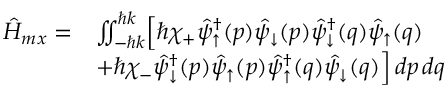
\begin{array} { r l } { \hat { H } _ { m x } = } & { \iint _ { - \hbar k } ^ { \hbar k } \Bigr [ \hbar \chi _ { + } \hat { \psi } _ { \uparrow } ^ { \dagger } ( p ) \hat { \psi } _ { \downarrow } ( p ) \hat { \psi } _ { \downarrow } ^ { \dagger } ( q ) \hat { \psi } _ { \uparrow } ( q ) } \\ & { + \hbar \chi _ { - } \hat { \psi } _ { \downarrow } ^ { \dagger } ( p ) \hat { \psi } _ { \uparrow } ( p ) \hat { \psi } _ { \uparrow } ^ { \dagger } ( q ) \hat { \psi } _ { \downarrow } ( q ) \Bigr ] \, d p \, d q } \end{array}